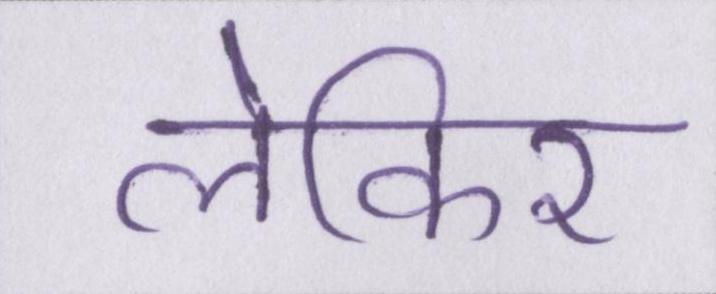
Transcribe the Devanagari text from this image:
लेकिर